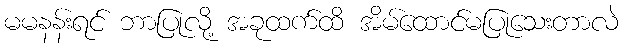
မမနန်းရင် ဘာပြုလို့ အခုထက်ထိ အိမ်ထောင်မပြုသေးတာလဲ